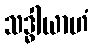
သဒ္ဓါယာဟံ